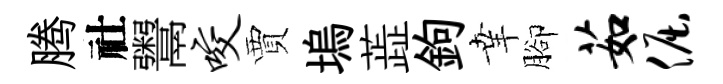
腾社鬻咬賈塢蕋鉤𦍒腳茹倔